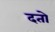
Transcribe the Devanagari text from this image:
दतो